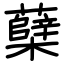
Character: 蘖